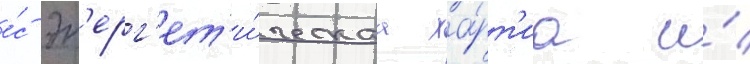
е́с эн'ерг'ет'и́ческаа ха́рт'иа и́